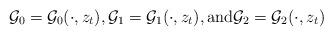
LaTeX: \begin{align*} \mathcal{G}_0 = \mathcal{G}_0 ( \cdot, z_t ),\mathcal{G}_1 = \mathcal{G}_1 ( \cdot, z_t ), \mbox{and} \mathcal{G}_2 = \mathcal{G}_2 (\cdot, z_t ) \end{align*}